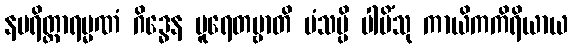
နပရိတ္တာရမ္မဏံ ဂိဒ္ဓေန ပူရေတဗ္ဗာတိ မံသမ္ပိ ပါမိံသု ကာယိကကိရိယာယ